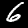
Digit: 6